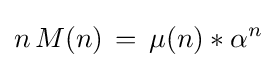
n\,M(n)\,=\,\mu (n)*\alpha ^{n}